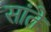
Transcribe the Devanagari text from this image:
सांते